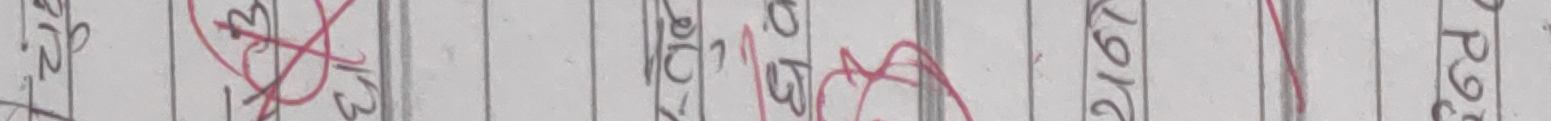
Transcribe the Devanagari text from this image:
१२३ १२३९७ १०१११२ १३१४१५ १६१७१८ १९२०२१ २२२३२४